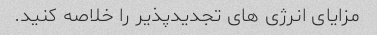
مزایای انرژی های تجدیدپذیر را خلاصه کنید.